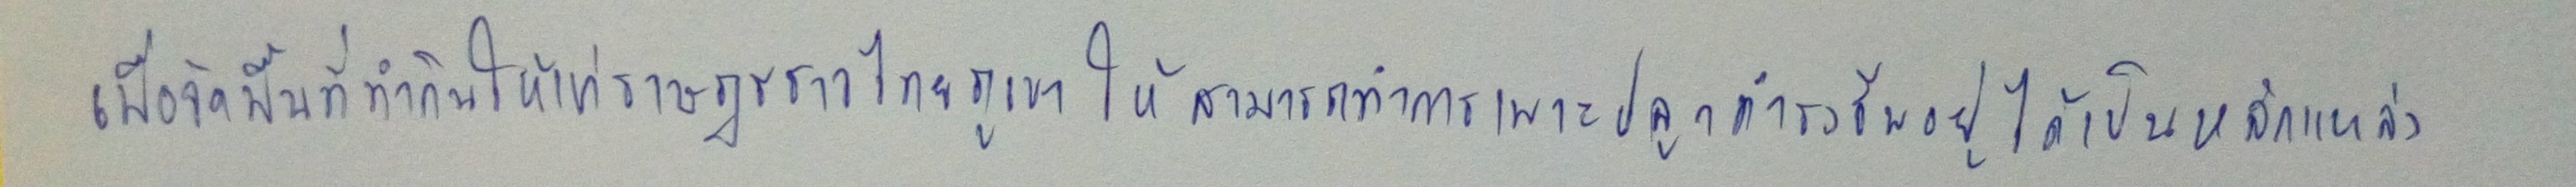
เพื่อจัดพื้นที่ทำกินให้แก่ราษฎรชาวไทยภูเขาให้สามารถทำการเพาะปลูกดำรงชีพอยู่ได้เป็นหลักแหล่ง